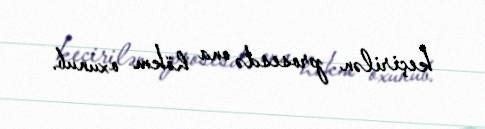
keçirilən prosesdə ona hökm oxunub.